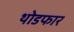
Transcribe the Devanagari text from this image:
थोडफार